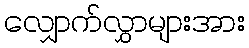
လျှောက်လွှာများအား